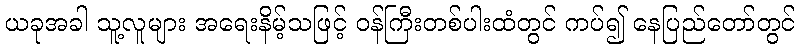
ယခုအခါ သူ့လူများ အရေးနိမ့်သဖြင့် ဝန်ကြီးတစ်ပါးထံတွင် ကပ်၍ နေပြည်တော်တွင်